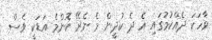
ވާހަކަ ދެއްކުމުގައި އެ ދެ ކުދީން މެ ނެރޭ ކޮންމެ އަޑަކީ ވެސް